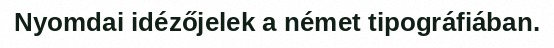
Nyomdai idézőjelek a német tipográfiában.